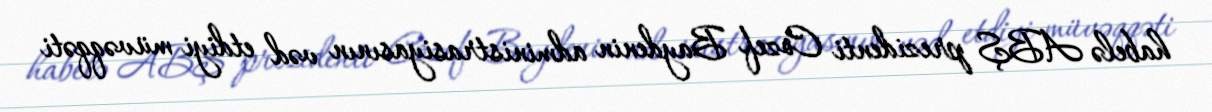
habelə ABŞ prezidenti Cozef Baydenin administrasiyasının vəd etdiyi müvəqqəti